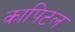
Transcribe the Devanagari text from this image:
कापिटल